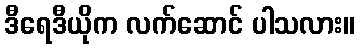
ဒီရေဒီယိုက လက်ဆောင် ပါသလား။